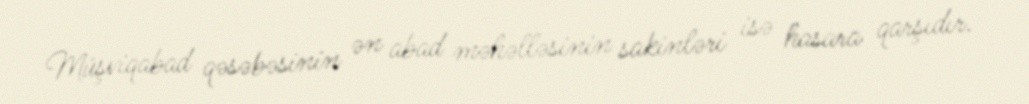
Müşviqabad qəsəbəsinin ən abad məhəlləsinin sakinləri isə hasara qarşıdır.